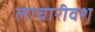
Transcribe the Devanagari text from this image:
लाचारीवश